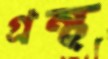
গ্রন্থ